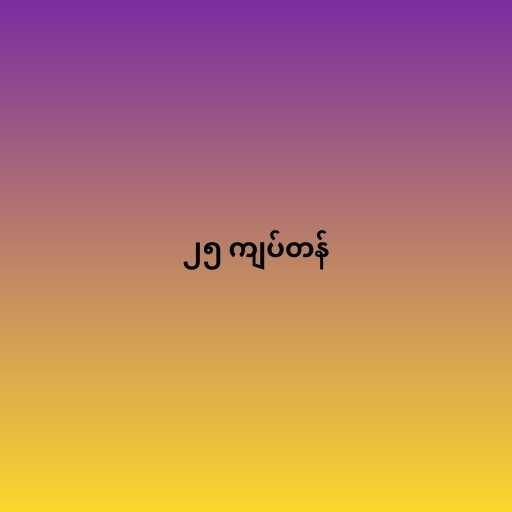
၂၅ ကျပ်တန်